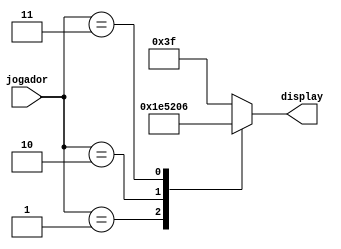
module hexa7seg_jogador (jogador, display);
    input      [1:0] jogador;
    output reg [6:0] display;
    
   /* DISPLAY jogador - mostra de qual jogador  a vez
   * se jogador = 0, display = 1
   * se jogador = 1, display = 2
   */
   
    /*
     *    ---
     *   | 0 |
     * 5 |   | 1
     *   |   |
     *    ---
     *   | 6 |
     * 4 |   | 2
     *   |   |
     *    ---
     *     3
     */

    always @ (jogador) 
        case(jogador)
            2'b01:    display = 7'b1111001; // 1
            2'b10:    display = 7'b0100100; // 2
            2'b11:    display = 7'b0000110; // E


            default: display = 7'b0111111; // -
        endcase
endmodule